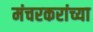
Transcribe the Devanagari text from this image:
मंचरकरांच्या